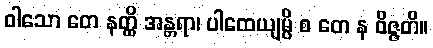
ဝါသော တေ နတ္ထိ အန္တရာ၊ ပါထေယျမ္ပိ စ တေ န ဝိဇ္ဇတိ။